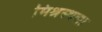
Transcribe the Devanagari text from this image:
मिश्रस्थला